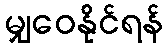
မျှဝေနိုင်ရန်